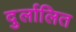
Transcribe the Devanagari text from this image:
दुर्लालित